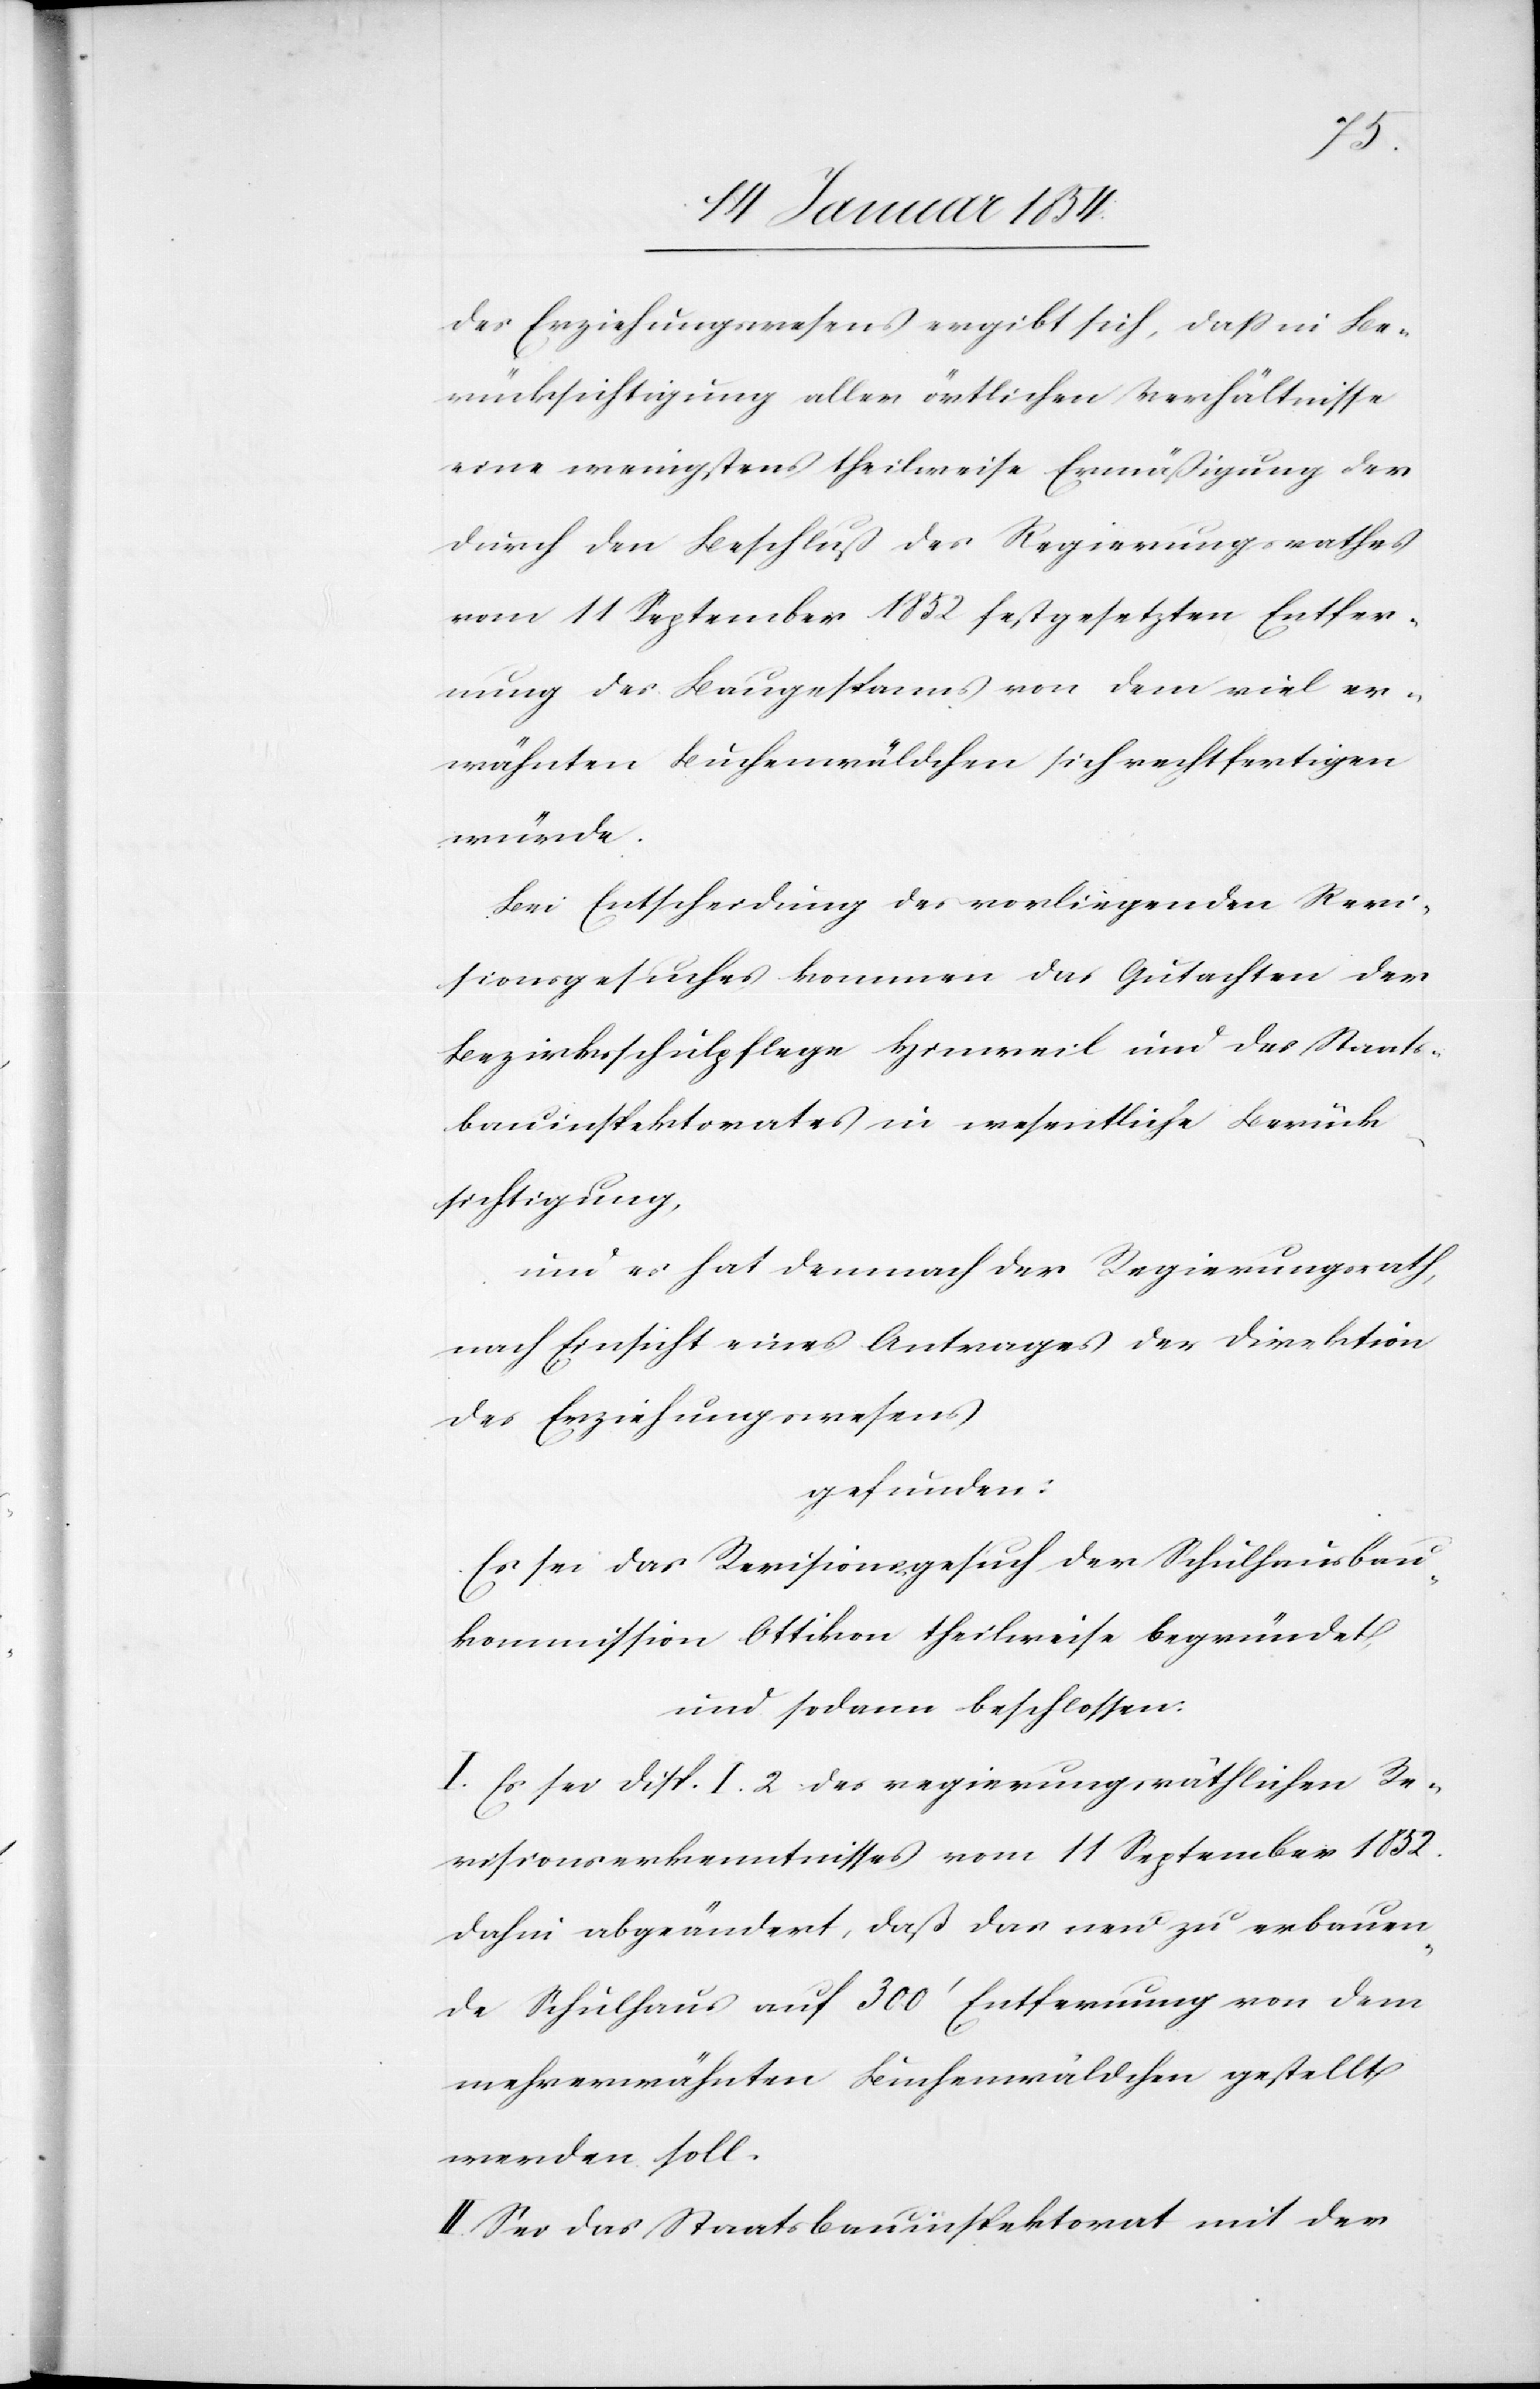
des Erziehungswesens ergibt sich, daß in Be¬
rücksichtigung aller örtlichen Verhältnisse
eine wenigstens theilweise Ermäßigung der
durch den Beschluß des Regierungsrathes
vom 11 September 1852 festgesetzten Entfer¬
nung des Baugespanns von dem viel er¬
wähnten Buchenwäldchen sich rechtfertigen
würde.
Bei Entscheidung des vorliegenden Revi¬
sionsgesuches kommen das Gutachten der
Bezirksschulpflege Hinweil und des Staats¬
bauinspektorates in wesentliche Berück¬
sichtigung,
und es hat demnach der Regierungsrath,
nach Einsicht eines Antrages der Direktion
des Erziehungswesens
gefunden:
Es sei das Revisionsgesuch der Schulhausbau¬
kommission Ottikon theilweise begründet,
und sodann beschlossen:
I. Es sei Disp. I. 2. des regierungsräthlichen Re¬
visionserkenntnisses vom 11 September 1852.
dahin abgeändert, daß das neu zu erbauen¬
de Schulhaus auf 300‘ Entfernung von dem
mehrerwähnten Buchenwäldchen gestellt
werden soll.
II. Sei das Staatsbauinspektorat mit der